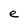
Character: e